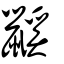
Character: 鼷